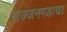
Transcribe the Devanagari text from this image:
सज्जनगडाचा